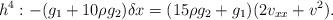
LaTeX: \begin{align*}h^{4}:-(g_{1}+10\rho g_{2}) \delta x=(15\rho g_{2}+g_{1})(2v_{xx}+v^{2}).\end{align*}